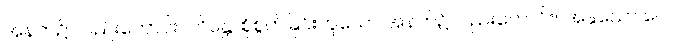
အနက်၌ လည်းကောင်း။ တိန္တေ၊ စိုစွတ်ခြင်းဟူသော အနက်၌လည်းကောင်း။ အနုယော ဂေ၊